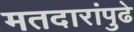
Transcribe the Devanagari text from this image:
मतदारांपुढे